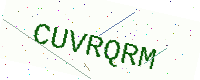
Text: CUVRQRM